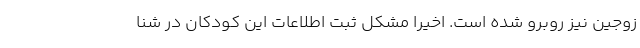
زوجین نیز روبرو شده است. اخیرا مشکل ثبت اطلاعات این کودکان در شنا